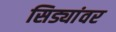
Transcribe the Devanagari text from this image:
सिड्यांवर